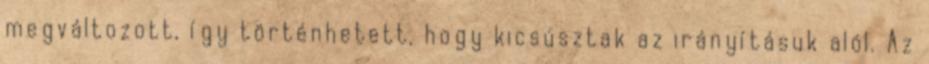
megváltozott, így történhetett, hogy kicsúsztak az irányításuk alól. Az